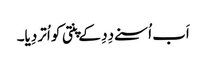
اَب اُسنے دِدِ کے پنتی کو اُتر دِیا۔